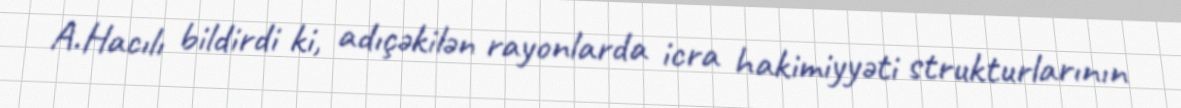
A.Hacılı bildirdi ki, adıçəkilən rayonlarda icra hakimiyyəti strukturlarının